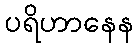
ပရိဟာနေန